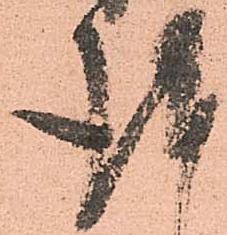
謹